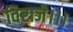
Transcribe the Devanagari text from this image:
विराजे।।।